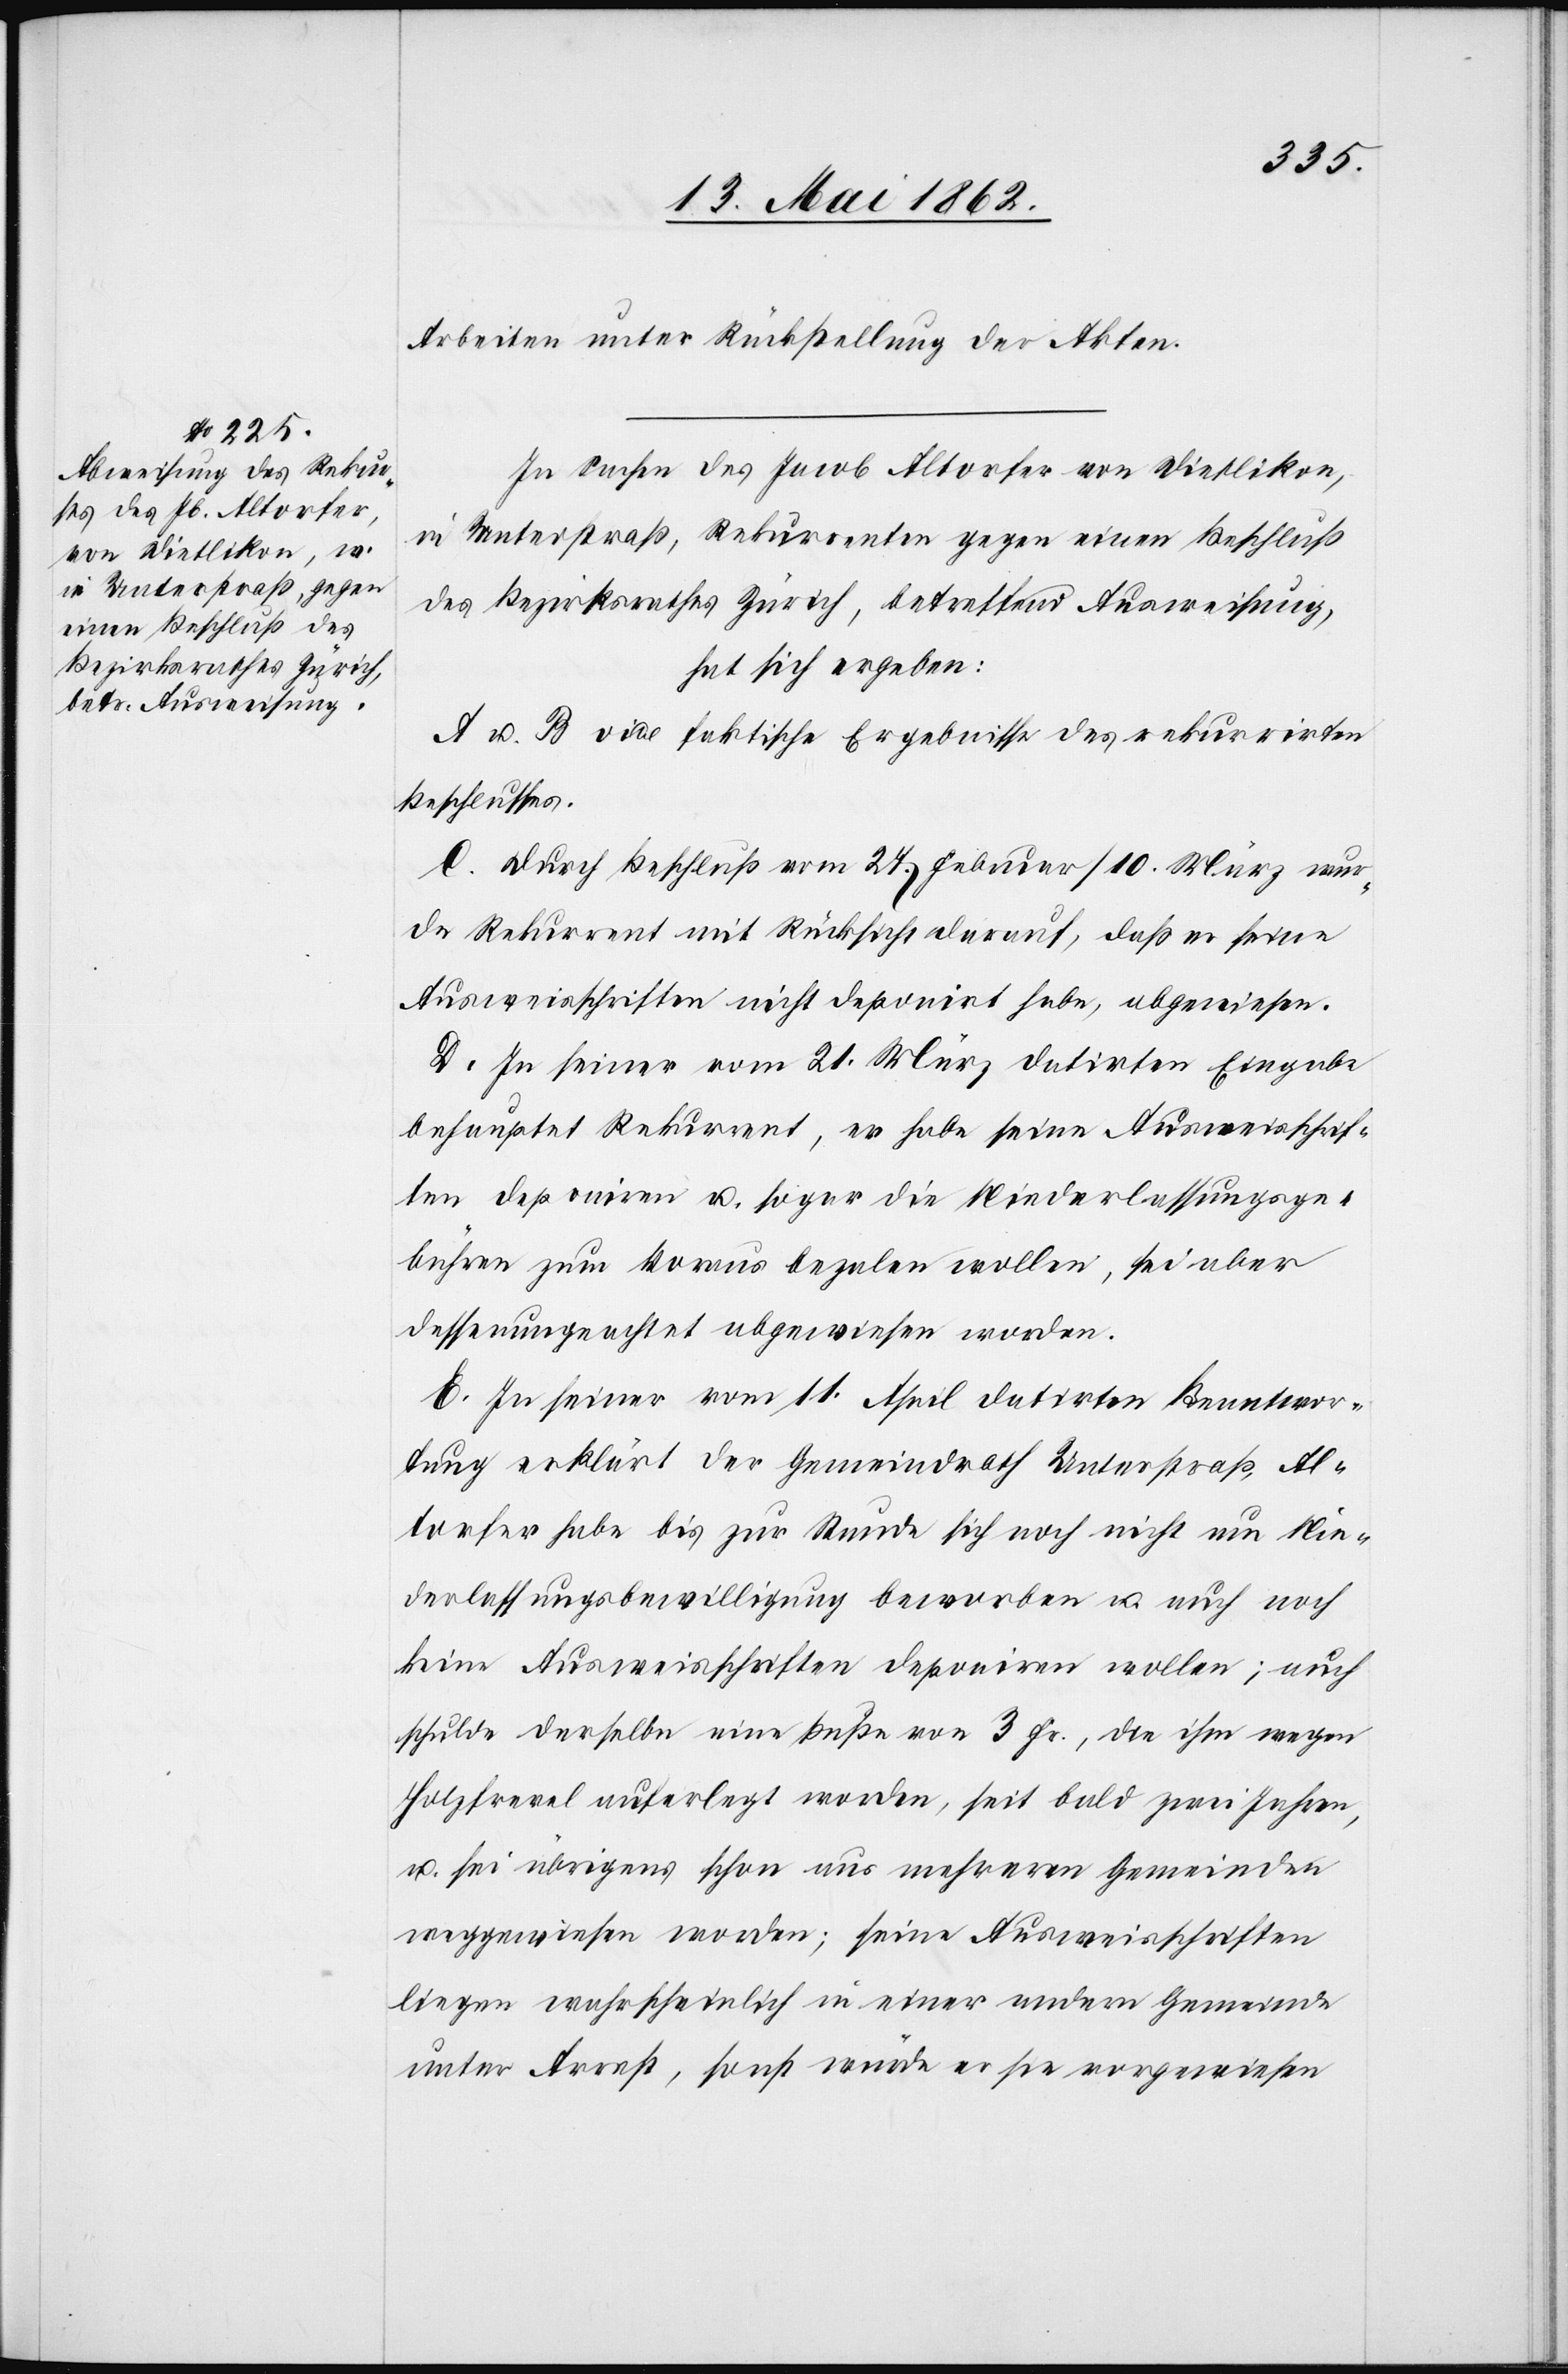
Arbeiten unter Rückstellung der Akten.
In Sachen des Jacob Altorfer von Dietlikon,
in Unterstraß, Rekurrenten gegen einen Beschluß
des Bezirksrathes Zürich, betreffend Ausweisung,
hat sich ergeben
A u. B vide faktische Ergebnisse des rekurrirten
Beschlusses.
C. Durch Beschluß vom 27. Februar / 10. März wur¬
de Rekurrent mit Rücksicht darauf, daß er seine
Ausweisschriften nicht deponirt habe, abgewiesen.
D. In seiner vom 21. März datirten Eingabe
behauptet Rekurrent, er habe seine Ausweisschrif¬
ten deponiren u. sogar die Niederlassungsge¬
bühren zum Voraus bezalen wollen, sei aber
dessen ungeachtet abgewiesen worden.
E. In seiner vom 11. April datirten Beantwor¬
tung erklärt der Gemeindrath Unterstraß, Al¬
torfer habe bis zur Stunde sich noch nicht um Nie¬
derlassungsbewilligung beworben u. auch noch
keine Ausweisschriften deponiren wollen; auch
schulde derselbe eine Buße von 3 Fr., die ihm wegen
Holzfrevel auferlegt worden, seit bald zwei Jahren,
u. sei übrigens schon aus mehreren Gemeinden
weggewiesen worden; seine Ausweisschriften
liegen wahrscheinlich in einer andern Gemeinde
unter Arrest, sonst würde er sie vorgewiesen